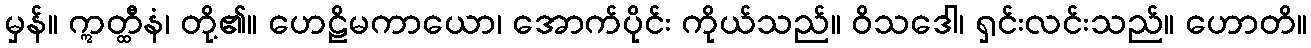
မှန်။ ဣတ္ထီနံ၊ တို့၏။ ဟေဠိမကာယော၊ အောက်ပိုင်း ကိုယ်သည်။ ဝိသဒေါ၊ ရှင်းလင်းသည်။ ဟောတိ။